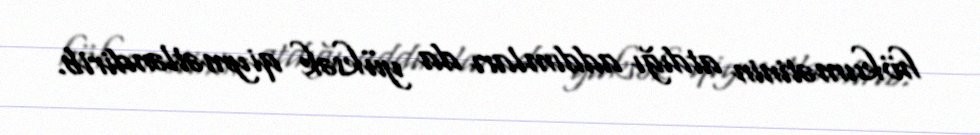
hökumətinin atdığı addımları da yüksək qiymətləndirib.